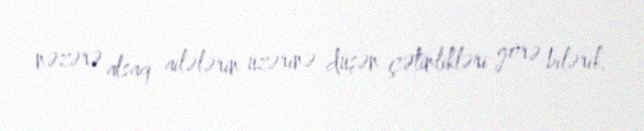
nəzərə alsaq ailələrin üzərinə düşən çətinlikləri görə bilərik.